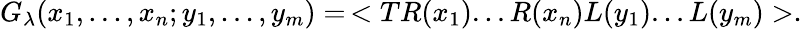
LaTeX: G_{\lambda}(x_{1},...,x_{n};y_{1},...,y_{m})=\, <TR(x_{1})...R(x_{n})L(y_{1})...L(y_{m})>.